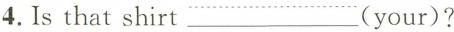
4. Is that shirt___(your)?